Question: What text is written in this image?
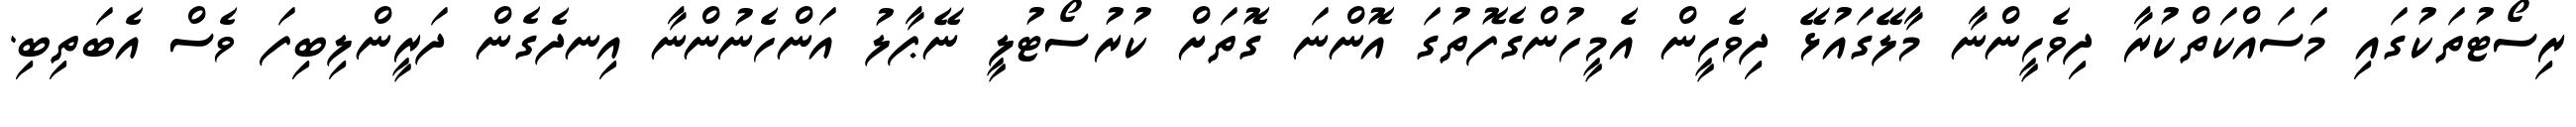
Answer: ރިސޯޓުތަކުގައި މަސައްކަތްކުރާ ދިވެހީންނާ މާލޭގައުޅޭ ދިވެހީން އެމީހުންގެފޮތުގަ އޮންނަ ގޮތަށް ކުރުސޯޓުލީ ނޭޕާލު އަންހެނުންނާ އިނދެގެން ދަރީންލިބިފަ ވެސް އެބަތިބި.